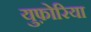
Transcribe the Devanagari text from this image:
युफ़ोरिया